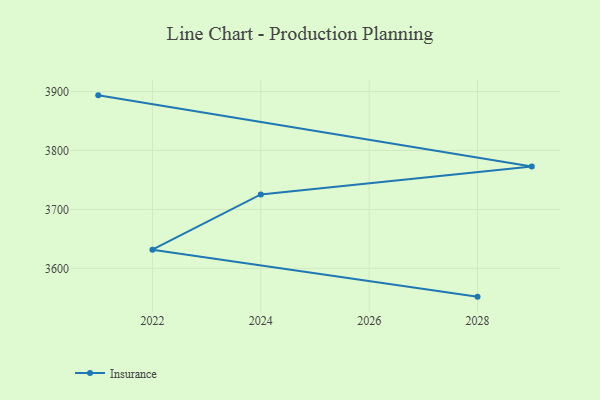
{"axis": {"x": "Year", "y": "Customer Acquisition Cost (USD)"}, "legend": ["Insurance"], "data": [{"x": "2021", "y": 3893.6, "type": "Insurance"}, {"x": "2029", "y": 3772.9, "type": "Insurance"}, {"x": "2024", "y": 3725.5, "type": "Insurance"}, {"x": "2022", "y": 3631.7, "type": "Insurance"}, {"x": "2028", "y": 3552.0, "type": "Insurance"}]}